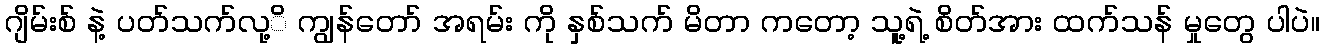
ဂျိမ်းစ် နဲ့ ပတ်သက်လု့ိ ကျွန်တော် အရမ်း ကို နှစ်သက် မိတာ ကတော့ သူ့ရဲ့ စိတ်အား ထက်သန် မှုတွေ ပါပဲ။